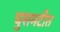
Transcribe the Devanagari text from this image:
घुसमटीत